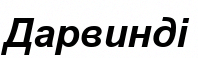
Дарвинді